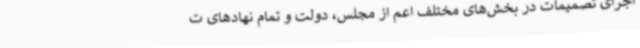
اجرای تصمیمات در بخش‌های مختلف اعم از مجلس، دولت و تمام نهادهای ت